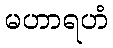
မဟာရဟံ